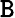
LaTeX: \mathtt{B}